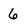
Character: 6